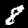
Label: 8